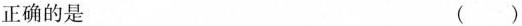
正确的是 ( )